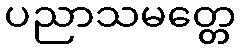
ပညာသမတ္တေ